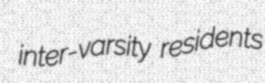
inter-varsity residents